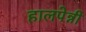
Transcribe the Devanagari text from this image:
हालपेन्नी